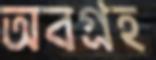
অবগ্রহ